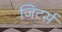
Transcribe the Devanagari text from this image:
जिटर्स